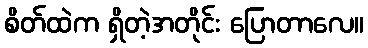
စိတ်ထဲက ရှိတဲ့အတိုင်း ပြောတာလေ။